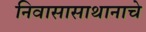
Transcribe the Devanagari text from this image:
निवासासाथानाचे